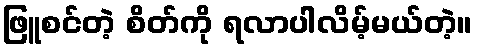
ဖြူစင်တဲ့ စိတ်ကို ရလာပါလိမ့်မယ်တဲ့။